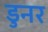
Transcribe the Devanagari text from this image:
डुनर